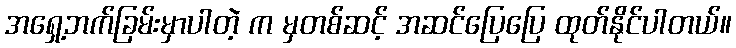
အရှေ့ဘက်ခြမ်းမှာပါတဲ့ က မှတစ်ဆင့် အဆင်ပြေပြေ ထုတ်နိုင်ပါတယ်။